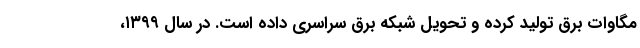
مگاوات برق تولید کرده و تحویل شبکه برق سراسری داده است. در سال ۱۳۹۹،